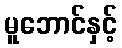
မူဘောင်နှင့်